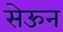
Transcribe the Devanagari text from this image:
सेऊन